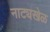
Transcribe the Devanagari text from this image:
नाट्यखेळ